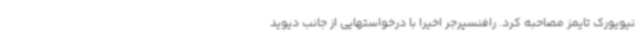
نیویورک تایمز مصاحبه کرد. رافنسپرجر اخیرا با درخواستهایی از جانب دیوید